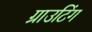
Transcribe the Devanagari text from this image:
ग्राउटिंग